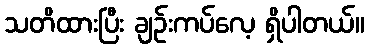
သတိထားပြီး ချဉ်းကပ်လေ့ ရှိပါတယ်။